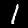
Label: 1